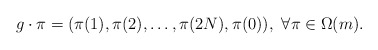
\begin{align*} g\cdot\pi = (\pi(1),\pi(2),\ldots,\pi(2N),\pi(0)),\ \forall\pi\in\Omega(m). \end{align*}